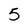
Character: 5